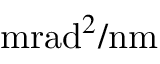
\mathrm { m r a d } ^ { 2 } / \mathrm { n m }